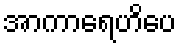
အာကာရေဟိပေ